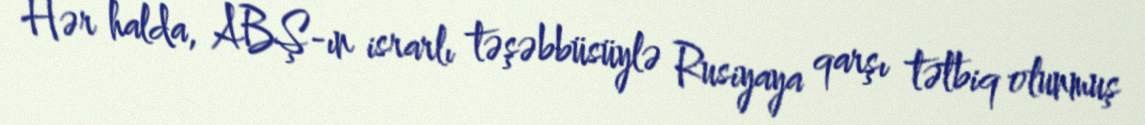
Hər halda, ABŞ-ın israrlı təşəbbüsüylə Rusiyaya qarşı tətbiq olunmuş